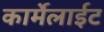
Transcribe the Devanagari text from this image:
कार्मेलाईट